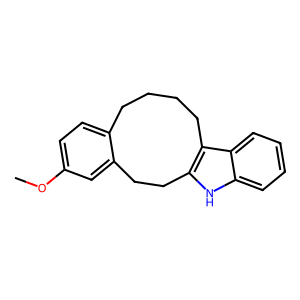
SMILES: COc1ccc2c(c1)CCc1[nH]c3ccccc3c1CCCC2
Inhibits HIV replication: No